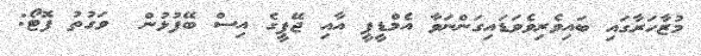
މުޒާހަރާގައި ބައިވެރިވެވަޑައިގަންނަވާ އެމްޑީޕީ އާއި ޖޭޕީގެ އިސް ބޭފުޅުން  ވަގުތު ފޮޓޯ: